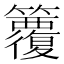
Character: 𥷱